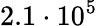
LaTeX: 2.1\cdot 10^{5}